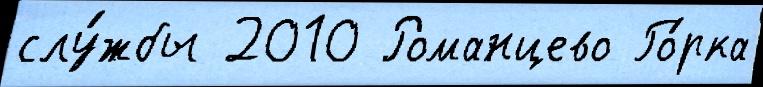
слу́жбы 2010 Романцево Го́рка